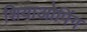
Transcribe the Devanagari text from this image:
शियाओपिंग